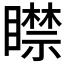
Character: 𥋴